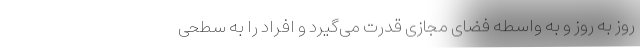
روز به روز و به واسطه فضای مجازی قدرت می‌گیرد و افراد را به سطحی‌